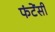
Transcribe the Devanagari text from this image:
फंटेंसी